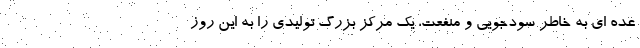
عده ای به خاطر سودجویی و منفعت، یک مرکز بزرگ تولیدی را به این روز